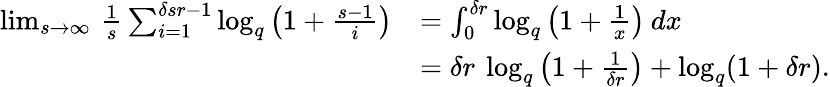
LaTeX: \begin{array}{rl}{\operatorname*{lim}_{s\to\infty}\, \frac 1s\sum_{i=1}^{\delta sr-1}\log_{q}\big({\textstyle 1+\frac{s-1}{i}}\big)}&{=\int_{0}^{\delta r}\log_{q}\big({\textstyle 1+\frac{1}{x}}\big)\: dx}\\ &{=\delta r\: \log_{q}\left(1+\frac{1}{\delta r}\right)+\log_{q}(1+\delta r).}\end{array}